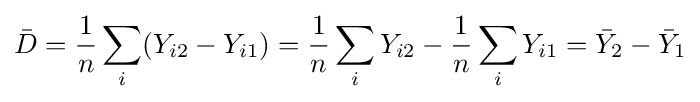
{\bar {D}}={\frac {1}{n}}\sum _{i}(Y_{i2}-Y_{i1})={\frac {1}{n}}\sum _{i}Y_{i2}-{\frac {1}{n}}\sum _{i}Y_{i1}={\bar {Y}}_{2}-{\bar {Y}}_{1}